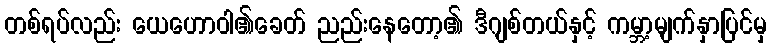
တစ်ရပ်လည်း ယေဟောဝါ၏ခေတ် ညည်းနေတော့၏ ဒီဂျစ်တယ်နှင့် ကမ္ဘာ့မျက်နှာပြင်မှ